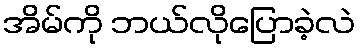
အိမ်ကို ဘယ်လိုပြောခဲ့လဲ